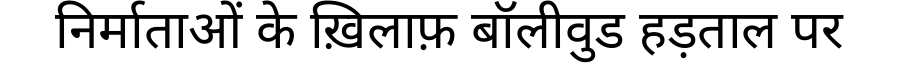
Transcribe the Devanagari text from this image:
निर्माताओं के ख़िलाफ़ बॉलीवुड हड़ताल पर